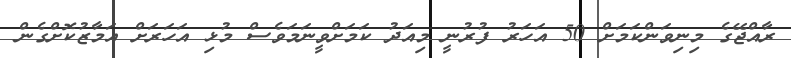
ރާއްޖޭގެ މިނިވަންކަމަށް 50 އަހަރު ފުރުނީ މިއަދު ކަަމަށްވީނަމަވެސް މުޅި އަހަރަށް އަމާޒުކޮށްގެން